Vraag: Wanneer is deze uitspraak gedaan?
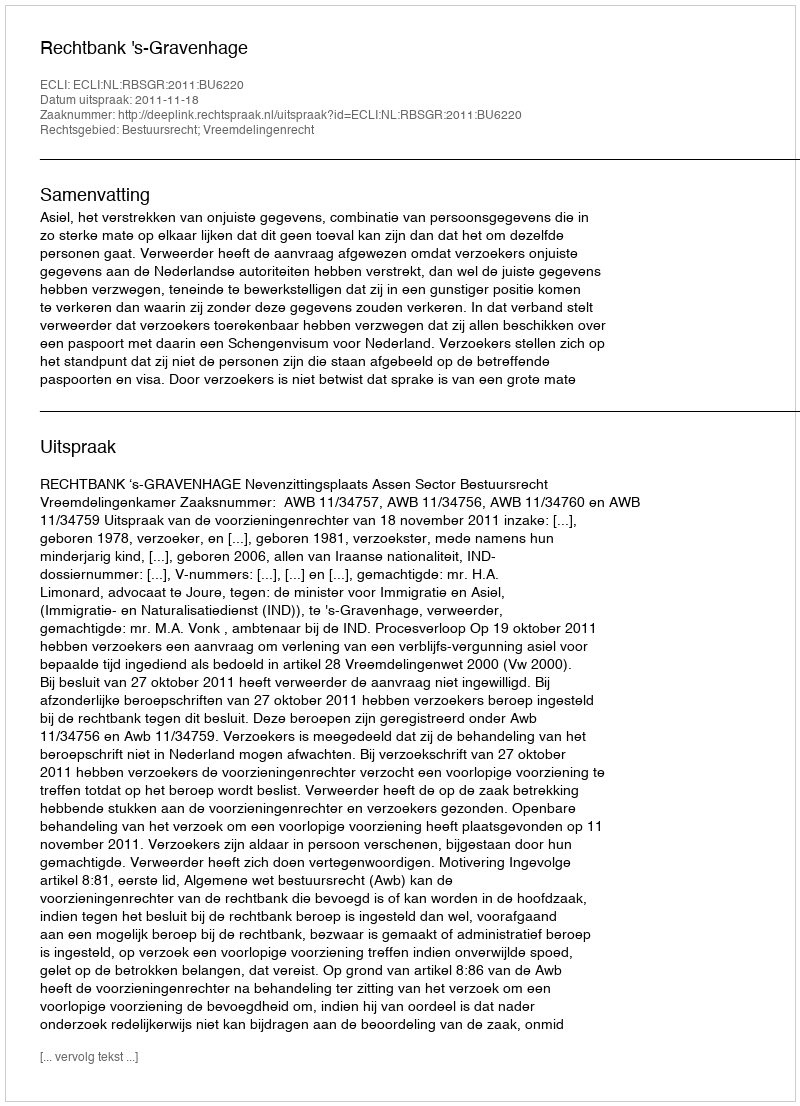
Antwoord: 2011-11-18